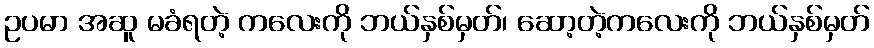
ဥပမာ အဆူ မခံရတဲ့ ကလေးကို ဘယ်နှစ်မှတ်၊ ဆော့တဲ့ကလေးကို ဘယ်နှစ်မှတ်